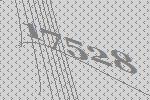
17528